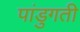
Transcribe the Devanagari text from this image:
पांडुगती